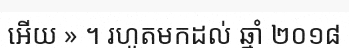
អើយ » ។ រហូតមកដល់ ឆ្នាំ ២០១៨